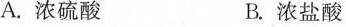
A.浓硫酸 B.浓盐酸